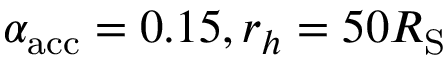
\alpha _ { \mathrm { a c c } } = 0 . 1 5 , r _ { h } = 5 0 R _ { \mathrm { S } }